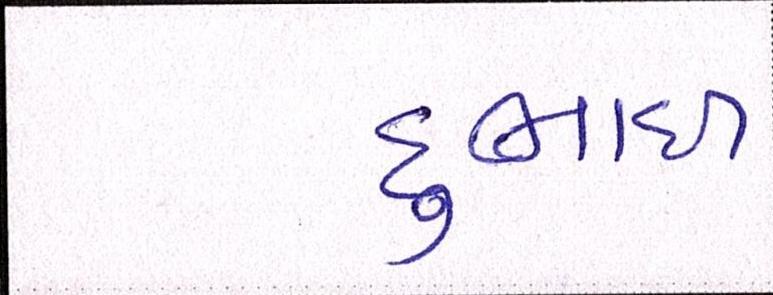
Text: દુભાઇ